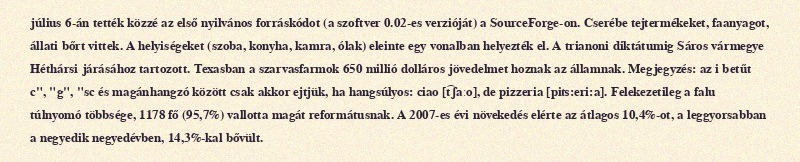
július 6-án tették közzé az első nyilvános forráskódot (a szoftver 0.02-es verzióját) a SourceForge-on. Cserébe tejtermékeket, faanyagot, állati bőrt vittek. A helyiségeket (szoba, konyha, kamra, ólak) eleinte egy vonalban helyezték el. A trianoni diktátumig Sáros vármegye Héthársi járásához tartozott. Texasban a szarvasfarmok 650 millió dolláros jövedelmet hoznak az államnak. Megjegyzés: az i betűt c", "g", "sc és magánhangzó között csak akkor ejtjük, ha hangsúlyos: ciao [t͡ʃaːo], de pizzeria [piʦ:eri:a]. Felekezetileg a falu túlnyomó többsége, 1178 fő (95,7%) vallotta magát reformátusnak. A 2007-es évi növekedés elérte az átlagos 10,4%-ot, a leggyorsabban a negyedik negyedévben, 14,3%-kal bővült.